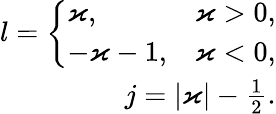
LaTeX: \begin{array}{r}{l=\left\{ \begin{array}{ll}{\varkappa,}&{\varkappa>0,}\\ {-\varkappa-1,}&{\varkappa<0,}\end{array}\right.}\\ {j=|\varkappa|-\frac{1}{2}.}\end{array}